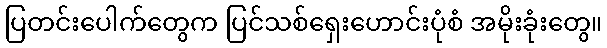
ပြတင်းပေါက်တွေက ပြင်သစ်ရှေးဟောင်းပုံစံ အမိုးခုံးတွေ။